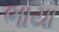
ભાયા